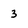
Character: 3